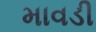
માવડી